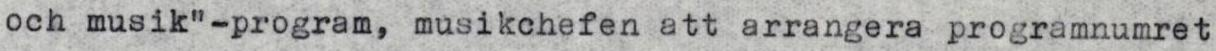
och musik"-program, musikchefen att arrangera programnumret